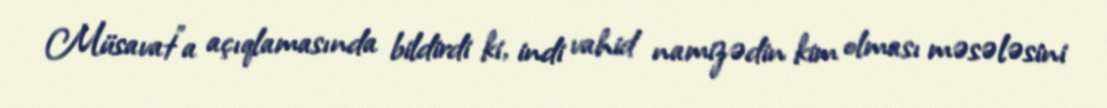
Müsavat”a açıqlamasında bildirdi ki, indi vahid namizədin kim olması məsələsini